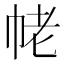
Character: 𢂢